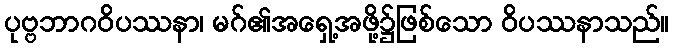
ပုဗ္ဗဘာဂဝိပဿနာ၊ မဂ်၏အရှေ့အဖို့၌ဖြစ်သော ဝိပဿနာသည်။